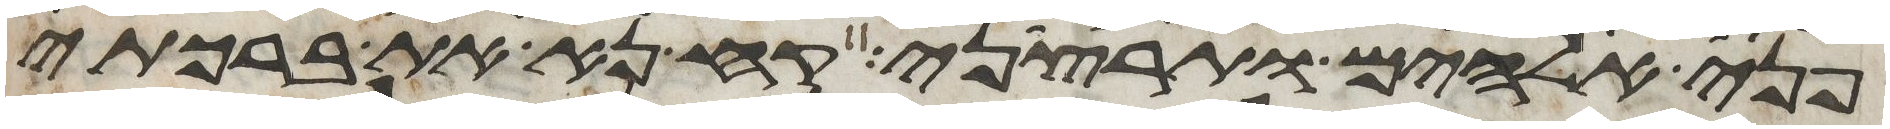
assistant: פני אלהים ותרצני קח נא את ברכתי